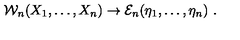
{ \cal W } _ { n } ( X _ { 1 } , \ldots , X _ { n } ) \rightarrow { \mathcal E } _ { n } ( \eta _ { 1 } , \ldots , \eta _ { n } ) \ .